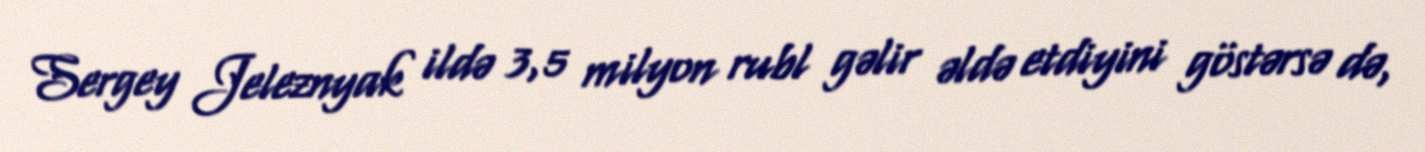
Sergey Jeleznyak ildə 3,5 milyon rubl gəlir əldə etdiyini göstərsə də,